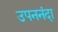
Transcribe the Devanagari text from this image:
उपननंदा